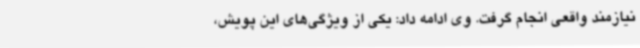
نیازمند واقعی انجام گرفت. وی ادامه داد: یکی از ویژگی‌های این پویش،